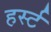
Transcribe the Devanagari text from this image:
हर्स्ट